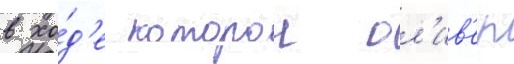
в хо́д'е которои ол'ив'ер